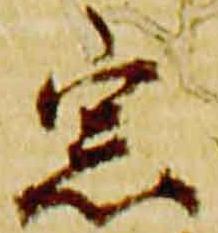
宗